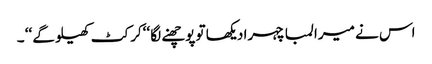
اس نے میرا لمبا چہرا دیکھا تو پوچھنے لگا ‘‘کرکٹ کھیلو گے ‘‘ ۔